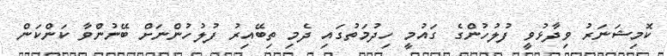
ކޮމިޝަނަރު ވިދާޅުވީ ފުލުހުންގެ ގައުމީ ހިދުމަތުގައި ދެމި ތިބޭއިރު ފުލުހުންނަށް ބޭނުންވާ ކަންކަން